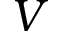
V